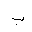
Letter: _ba